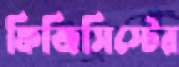
ফিজিসিস্টের